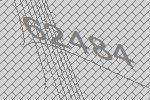
62484